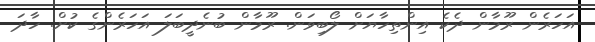
އަހަރެން ރޫމާން ދެކެ އިންތިހާޔަށް ލޯބިވަން. ރޫމާން ބުނެދީބަލަ އަހަރެންގެ ކުށް. ހާދަ